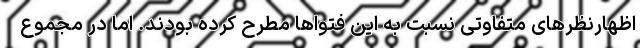
اظهارنظرهای متفاوتی نسبت به این فتواها مطرح کرده بودند. اما در مجموع